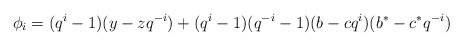
\begin{align*}\phi_i = (q^i-1)(y-zq^{-i}) + (q^i-1)(q^{-i}-1)(b-cq^{i})(b^*-c^*q^{-i}) \end{align*}